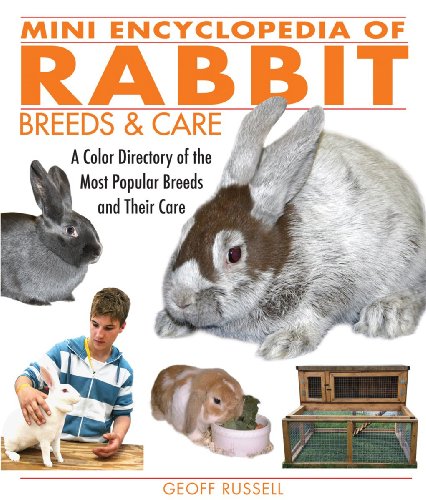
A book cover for Mini Encyclopedia of Rabbit Breeds and Care: A Color Directory of the Most Popular Breeds and Their Care; Geoff Russell; Crafts, Hobbies & Home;